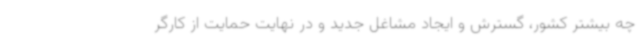
چه بیشتر کشور، گسترش و ایجاد مشاغل جدید و در نهایت حمایت از کارگر